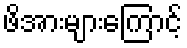
ဖိအားများကြောင့်